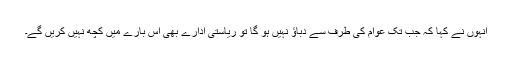
اْنہوں نے کہا کہ جب تک عوام کی طرف سے دباؤ نہیں ہو گا تو ریاستی ادارے بھی اس بارے میں کچھ نہیں کریں گے۔